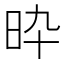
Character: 𣅢